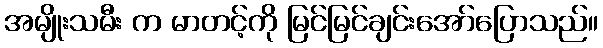
အမျိုးသမီး က မာတင့်ကို မြင်မြင်ချင်းအော်ပြောသည်။